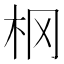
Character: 㭎